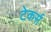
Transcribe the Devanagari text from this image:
टेकर्स